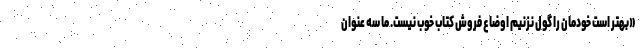
«بهتر است خودمان را گول نزنیم اوضاع فروش کتاب خوب نیست. ما سه عنوان